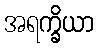
အရက္ခိယာ